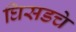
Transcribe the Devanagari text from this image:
घिसडचे